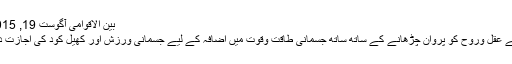
بین الاقوامی آگوست 19, 2015	0
اسلام نے عقل وروح کو پروان چڑھانے کے ساتھ ساتھ جسمانی طاقت وقوت میں اضافہ کے لیے جسمانی ورزش اور کھیل کود کی اجازت دی ہے۔